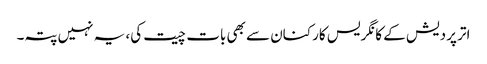
اتر پردیش کے کانگریس کارکنان سے بھی بات چیت کی، یہ نہیں پتہ۔